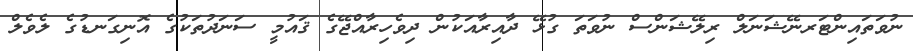
ނުވަތައިންޓަރނޭޝަނަލް ރިލޭޝަންސް ނުވަތަ ގުޅޭ ދާއިރާއަކުން ދިވެހިރާއްޖޭގެ ޤައުމީ ސަނަދުތަކުގެ އޮނިގަނޑުގެ ލެވެލް